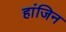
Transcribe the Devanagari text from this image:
हांजिन